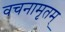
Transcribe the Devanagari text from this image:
वचनामृतम्